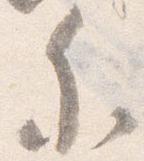
参